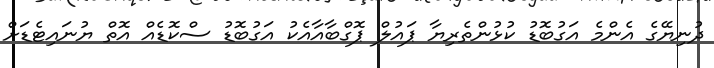
ދުނިޔޭގެ އެންމެ އަގުބޮޑު ކުޅުންތެރިޔާ ޕައުލް ޕޮގްބާއާއެކު އަގުބޮޑު ސްކޮޑެއް އޮތް ޔުނައިޓެޑަށް